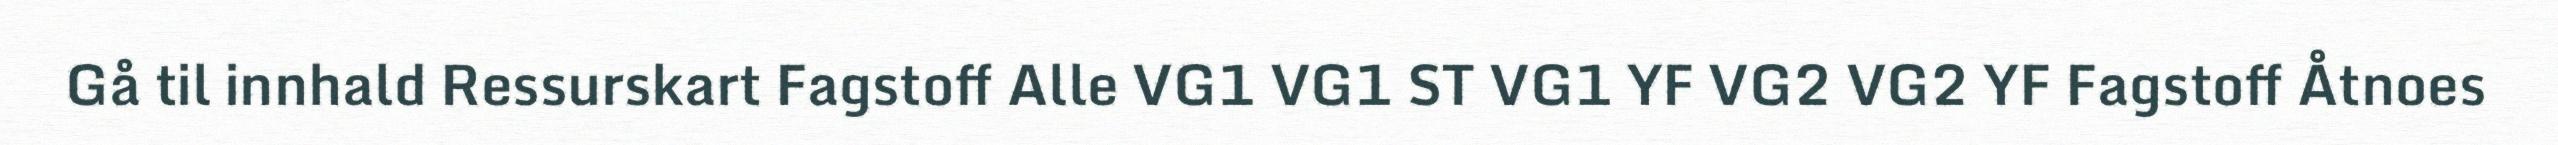
Gå til innhald Ressurskart Fagstoff Alle VG1 VG1 ST VG1 YF VG2 VG2 YF Fagstoff Åtnoes